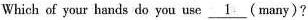
Which of your hands do you use \underline{1}(many)?